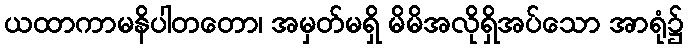
ယထာကာမနိပါတတော၊ အမှတ်မရှိ မိမိအလိုရှိအပ်သော အာရုံ၌